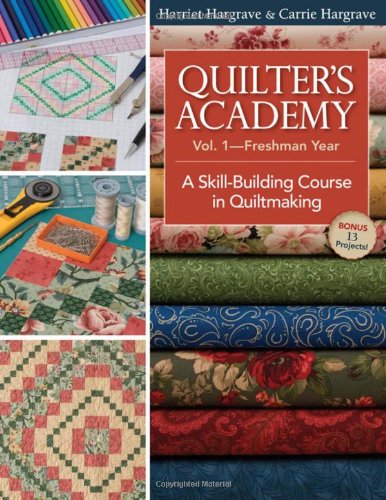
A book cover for Quilter's Academy Vol. 1--Freshman Year: A Skill-Building Course in Quiltmaking; Harriet Hargrave; Crafts, Hobbies & Home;